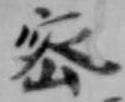
密